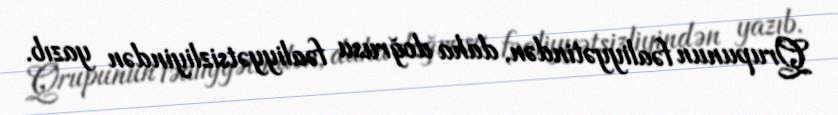
Qrupunun fəaliyyətindən, daha doğrusu fəaliyyətsizliyindən yazıb.